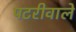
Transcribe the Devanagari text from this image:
पटरीवाले